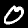
Digit: 0